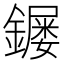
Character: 𮣌